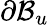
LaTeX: \partial\mathcal{B}_{u}